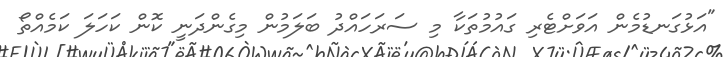
"އަޅުގަނޑުމެން އަވަށްޓެރި ގައުމުތަކާ މި ސަރަހައްދު ބަލަމުން މިގެންދަނީ ކޮން ކަހަލަ ކަމެއްތޯ